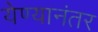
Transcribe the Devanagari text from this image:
येण्यानंतर